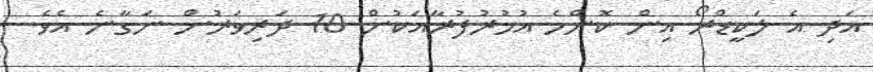
އަދި އެ ލަކީޑްރޯ އިން ކޮންމެ އުމުރުފުރާއަކުން 10 ދަރިވަރުން ނަގާނެ އެވެ.